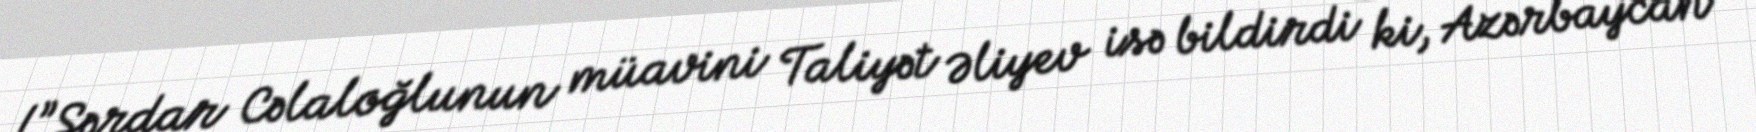
!”Sərdar Cəlaloğlunun müavini Taliyət Əliyev isə bildirdi ki, Azərbaycan